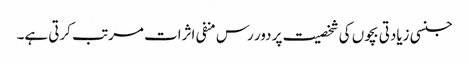
جنسی زیادتی بچوں کی شخصیت پر دور رس منفی اثرات مرتب کرتی ہے۔